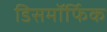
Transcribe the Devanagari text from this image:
डिसमॉर्फिक